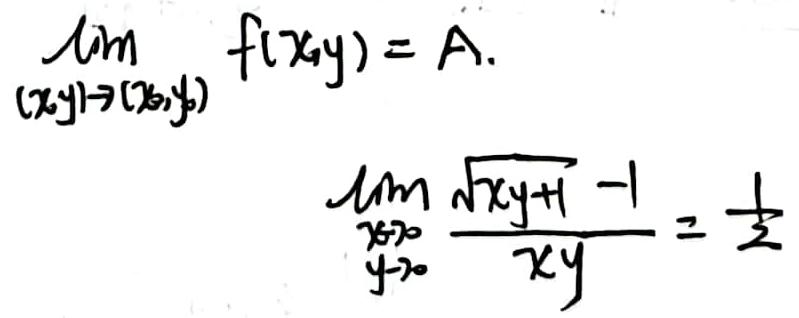
\[
\lim_{(x,y)\to(x_0,y_0)} f(x,y) = A.
\]
\[
\lim_{\substack{x\to 0\\y\to 0}} \frac{\sqrt{xy + 1} - 1}{xy} = \frac{1}{2}
\]